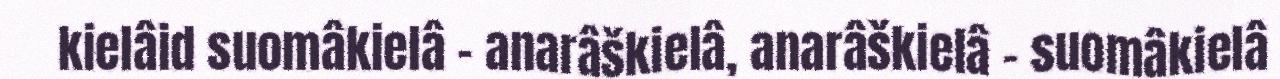
kielâid suomâkielâ - anarâškielâ, anarâškielâ - suomâkielâ